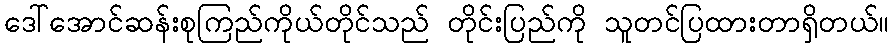
ဒေါ်အောင်ဆန်းစုကြည်ကိုယ်တိုင်သည် တိုင်းပြည်ကို သူတင်ပြထားတာရှိတယ်။